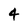
Character: 4